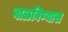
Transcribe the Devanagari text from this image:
वाळविण्यास